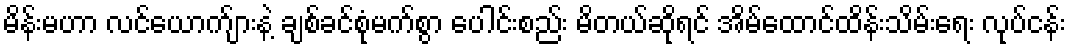
မိန်းမဟာ လင်ယောက်ျားနဲ့ ချစ်ခင်စုံမက်စွာ ပေါင်းစည်း မိတယ်ဆိုရင် အိမ်ထောင်ထိန်းသိမ်းရေး လုပ်ငန်း